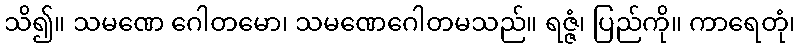
သိ၍။ သမဏေ ဂေါတမော၊ သမဏေဂေါတမသည်။ ရဇ္ဇံ၊ ပြည်ကို။ ကာရေတုံ၊